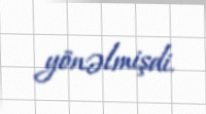
yönəlmişdi.